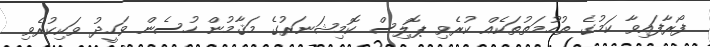
ފޯރާފައިވާ ކަމުގެ ތުހުމަތުތަކެއް ކުރެވި ޕޮލިސް ކޮމިޝަނަރުގެ މަޤާމުން ހުސެން ވަހީދު ވަކިކުރެވި